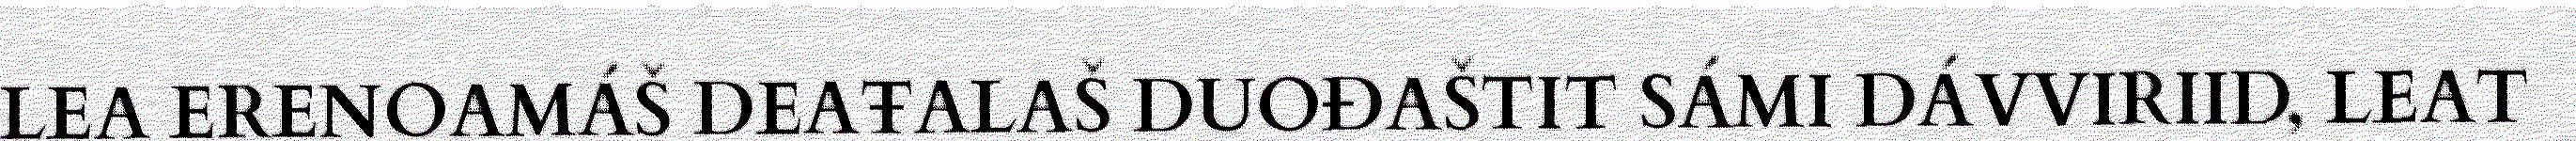
LEA ERENOAMÁŠ DEAŦALAŠ DUOĐAŠTIT SÁMI DÁVVIRIID, LEAT